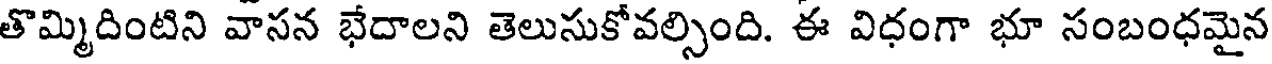
తొమ్మిదింటిని వాసన భేదాలని తెలుసుకోవల్సింది. ఈ విధంగా భూ సంబంధమైన